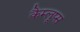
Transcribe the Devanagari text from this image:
कैम्लूप्स